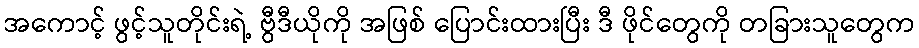
အကောင့် ဖွင့်သူတိုင်းရဲ့ ဗွီဒီယိုကို အဖြစ် ပြောင်းထားပြီး ဒီ ဖိုင်တွေကို တခြားသူတွေက